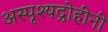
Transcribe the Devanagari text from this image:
अस्पृश्यद्रोहींनी